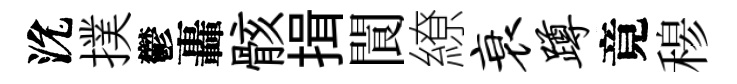
沇撲鬱轟骸揖閬繚衰蹲竟𥠇